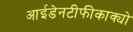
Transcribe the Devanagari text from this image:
आईडेनटीफीकाक्यो